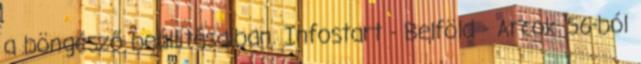
a böngésző beállításaiban. Infostart - Belföld - Arcok '56-ból